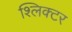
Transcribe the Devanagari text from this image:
श्लिक्टर